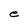
Character: e